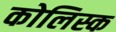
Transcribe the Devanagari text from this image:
कोलिस्क